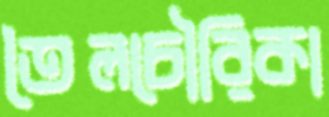
তৈলচৌরিকা